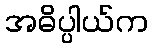
အဓိပ္ပါယ်က